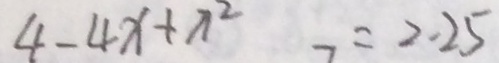
4 - 4 x + x ^ { 2 } = 2 . 2 5